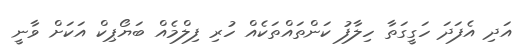
އަދި އެފަދަ ހަގީގަތާ ހިލާފު ކަންތައްތަކެއް ހުރި ފިލްމެއް ބަޔޯޕިކް އަކަށް ވާނީ